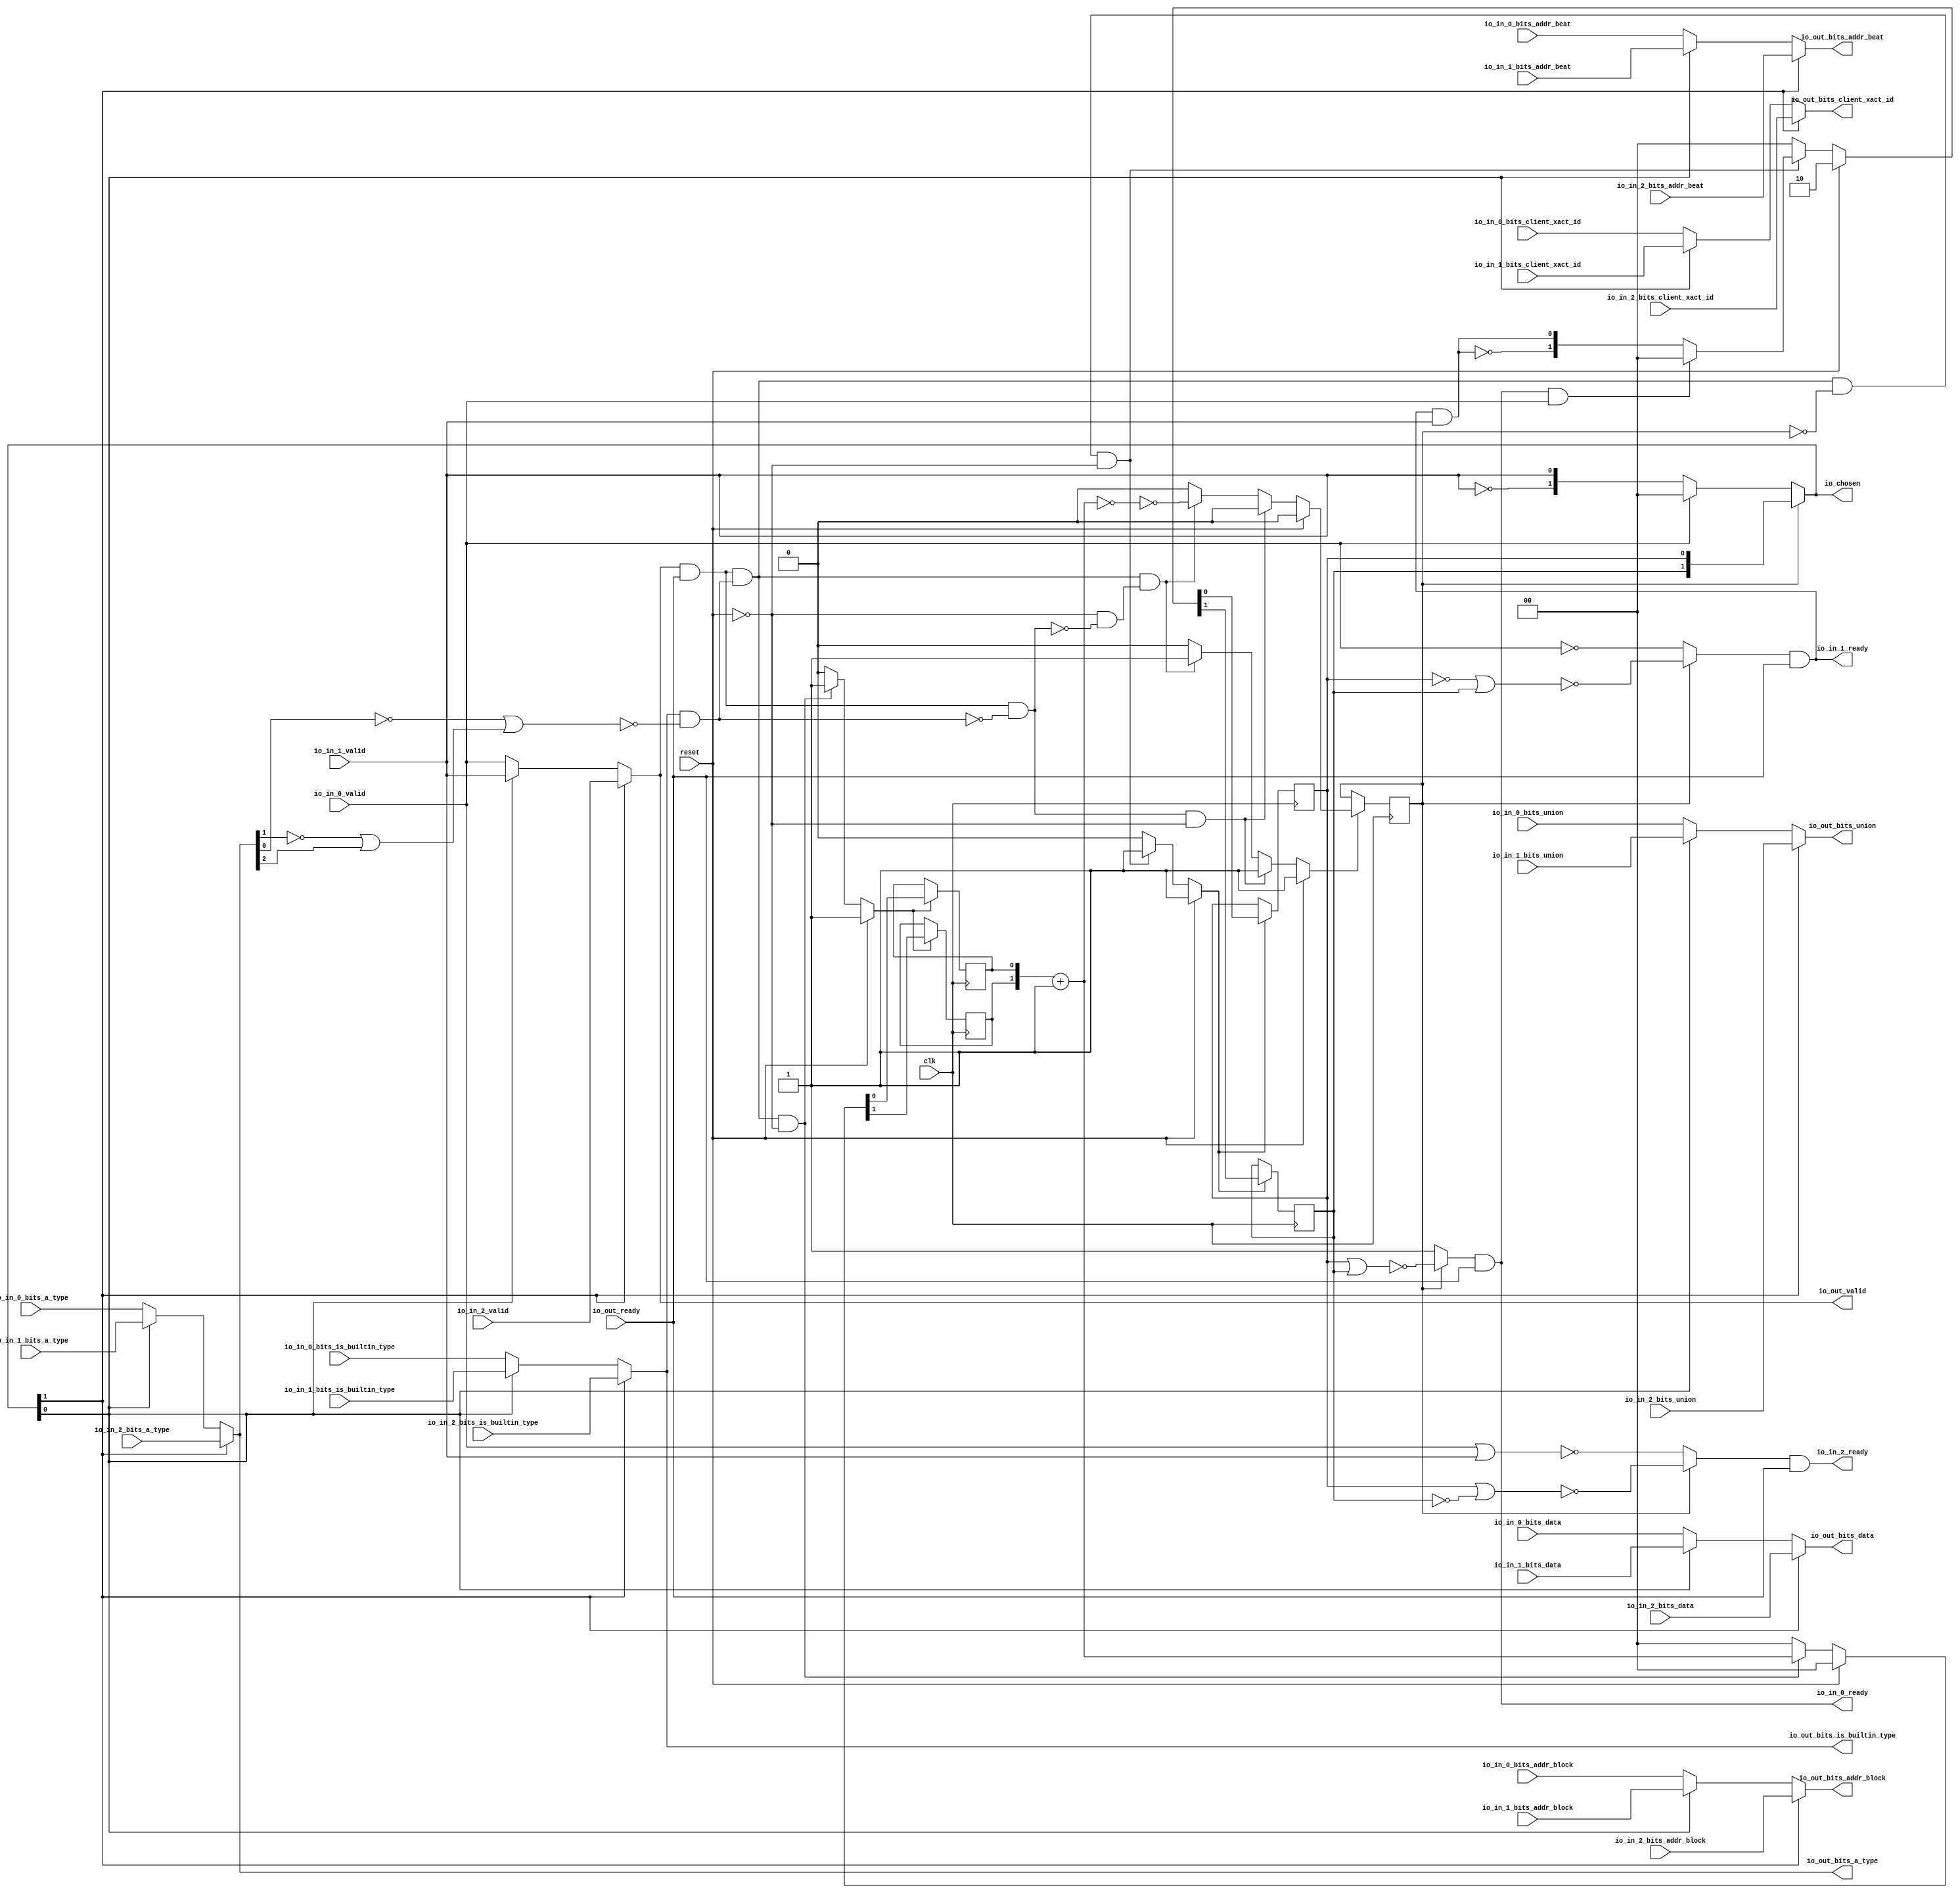
module LockingArbiter_1
(
  clk,
  reset,
  io_in_2_ready,
  io_in_2_valid,
  io_in_2_bits_addr_block,
  io_in_2_bits_client_xact_id,
  io_in_2_bits_addr_beat,
  io_in_2_bits_is_builtin_type,
  io_in_2_bits_a_type,
  io_in_2_bits_union,
  io_in_2_bits_data,
  io_in_1_ready,
  io_in_1_valid,
  io_in_1_bits_addr_block,
  io_in_1_bits_client_xact_id,
  io_in_1_bits_addr_beat,
  io_in_1_bits_is_builtin_type,
  io_in_1_bits_a_type,
  io_in_1_bits_union,
  io_in_1_bits_data,
  io_in_0_ready,
  io_in_0_valid,
  io_in_0_bits_addr_block,
  io_in_0_bits_client_xact_id,
  io_in_0_bits_addr_beat,
  io_in_0_bits_is_builtin_type,
  io_in_0_bits_a_type,
  io_in_0_bits_union,
  io_in_0_bits_data,
  io_out_ready,
  io_out_valid,
  io_out_bits_addr_block,
  io_out_bits_client_xact_id,
  io_out_bits_addr_beat,
  io_out_bits_is_builtin_type,
  io_out_bits_a_type,
  io_out_bits_union,
  io_out_bits_data,
  io_chosen
);

  input [25:0] io_in_2_bits_addr_block;
  input [5:0] io_in_2_bits_client_xact_id;
  input [1:0] io_in_2_bits_addr_beat;
  input [2:0] io_in_2_bits_a_type;
  input [16:0] io_in_2_bits_union;
  input [127:0] io_in_2_bits_data;
  input [25:0] io_in_1_bits_addr_block;
  input [5:0] io_in_1_bits_client_xact_id;
  input [1:0] io_in_1_bits_addr_beat;
  input [2:0] io_in_1_bits_a_type;
  input [16:0] io_in_1_bits_union;
  input [127:0] io_in_1_bits_data;
  input [25:0] io_in_0_bits_addr_block;
  input [5:0] io_in_0_bits_client_xact_id;
  input [1:0] io_in_0_bits_addr_beat;
  input [2:0] io_in_0_bits_a_type;
  input [16:0] io_in_0_bits_union;
  input [127:0] io_in_0_bits_data;
  output [25:0] io_out_bits_addr_block;
  output [5:0] io_out_bits_client_xact_id;
  output [1:0] io_out_bits_addr_beat;
  output [2:0] io_out_bits_a_type;
  output [16:0] io_out_bits_union;
  output [127:0] io_out_bits_data;
  output [1:0] io_chosen;
  input clk;
  input reset;
  input io_in_2_valid;
  input io_in_2_bits_is_builtin_type;
  input io_in_1_valid;
  input io_in_1_bits_is_builtin_type;
  input io_in_0_valid;
  input io_in_0_bits_is_builtin_type;
  input io_out_ready;
  output io_in_2_ready;
  output io_in_1_ready;
  output io_in_0_ready;
  output io_out_valid;
  output io_out_bits_is_builtin_type;
  wire [25:0] io_out_bits_addr_block,T48;
  wire [5:0] io_out_bits_client_xact_id,T44;
  wire [1:0] io_out_bits_addr_beat,io_chosen,choose,T1,T3,T4,T17,T40;
  wire [2:0] io_out_bits_a_type,T32;
  wire [16:0] io_out_bits_union,T28;
  wire [127:0] io_out_bits_data,T23;
  wire io_in_2_ready,io_in_1_ready,io_in_0_ready,io_out_valid,
  io_out_bits_is_builtin_type,N0,N1,N2,N3,N4,N5,N6,N7,N8,N9,N10,N11,N12,N13,T7,T6,N14,T5,N15,T9,T8,T12,T10,
  T20,T15,T16,T21,N16,N17,T36,T52,T56,T59,T60,T63,T64,T65,N18,N19,N20,N21,N22,N23,
  N24,N25,N26,N27,N28,N29,N30,N31,N32,N33,N34,N35,N36,N37,N38,N39,N40,N41,N42,N43,
  N44,N45,N46,N47,N48,N49,N50,N51,N52;
  reg [1:0] lockIdx,R18;
  reg locked;
  assign T16 = T17 == 1'b0;

  always @(posedge clk) begin
    if(N20) begin
      lockIdx[1] <= N22;
    end 
  end


  always @(posedge clk) begin
    if(N20) begin
      lockIdx[0] <= N21;
    end 
  end


  always @(posedge clk) begin
    if(N26) begin
      locked <= N27;
    end 
  end


  always @(posedge clk) begin
    if(N30) begin
      R18[1] <= N32;
    end 
  end


  always @(posedge clk) begin
    if(N30) begin
      R18[0] <= N31;
    end 
  end

  assign N40 = ~lockIdx[1];
  assign N41 = lockIdx[0] | N40;
  assign N42 = ~N41;
  assign N43 = lockIdx[0] | lockIdx[1];
  assign N44 = ~N43;
  assign N45 = ~lockIdx[0];
  assign N46 = N45 | lockIdx[1];
  assign N47 = ~N46;
  assign N48 = ~io_out_bits_a_type[1];
  assign N49 = ~io_out_bits_a_type[0];
  assign N50 = N48 | io_out_bits_a_type[2];
  assign N51 = N49 | N50;
  assign N52 = ~N51;
  assign T17 = R18 + 1'b1;
  assign io_chosen = (N0)? lockIdx : 
                     (N1)? choose : 1'b0;
  assign N0 = locked;
  assign N1 = N11;
  assign choose = (N2)? { 1'b0, 1'b0 } : 
                  (N3)? T1 : 1'b0;
  assign N2 = io_in_0_valid;
  assign N3 = N12;
  assign T3 = (N4)? { 1'b0, 1'b0 } : 
              (N5)? T4 : 1'b0;
  assign N4 = T6;
  assign N5 = N14;
  assign io_out_bits_data = (N6)? io_in_2_bits_data : 
                            (N7)? T23 : 1'b0;
  assign N6 = io_chosen[1];
  assign N7 = N16;
  assign T23 = (N8)? io_in_1_bits_data : 
               (N9)? io_in_0_bits_data : 1'b0;
  assign N8 = io_chosen[0];
  assign N9 = N17;
  assign io_out_bits_union = (N6)? io_in_2_bits_union : 
                             (N7)? T28 : 1'b0;
  assign T28 = (N8)? io_in_1_bits_union : 
               (N9)? io_in_0_bits_union : 1'b0;
  assign io_out_bits_a_type = (N6)? io_in_2_bits_a_type : 
                              (N7)? T32 : 1'b0;
  assign T32 = (N8)? io_in_1_bits_a_type : 
               (N9)? io_in_0_bits_a_type : 1'b0;
  assign io_out_bits_is_builtin_type = (N6)? io_in_2_bits_is_builtin_type : 
                                       (N7)? T36 : 1'b0;
  assign T36 = (N8)? io_in_1_bits_is_builtin_type : 
               (N9)? io_in_0_bits_is_builtin_type : 1'b0;
  assign io_out_bits_addr_beat = (N6)? io_in_2_bits_addr_beat : 
                                 (N7)? T40 : 1'b0;
  assign T40 = (N8)? io_in_1_bits_addr_beat : 
               (N9)? io_in_0_bits_addr_beat : 1'b0;
  assign io_out_bits_client_xact_id = (N6)? io_in_2_bits_client_xact_id : 
                                      (N7)? T44 : 1'b0;
  assign T44 = (N8)? io_in_1_bits_client_xact_id : 
               (N9)? io_in_0_bits_client_xact_id : 1'b0;
  assign io_out_bits_addr_block = (N6)? io_in_2_bits_addr_block : 
                                  (N7)? T48 : 1'b0;
  assign T48 = (N8)? io_in_1_bits_addr_block : 
               (N9)? io_in_0_bits_addr_block : 1'b0;
  assign io_out_valid = (N6)? io_in_2_valid : 
                        (N7)? T52 : 1'b0;
  assign T52 = (N8)? io_in_1_valid : 
               (N9)? io_in_0_valid : 1'b0;
  assign T56 = (N0)? N44 : 
               (N1)? 1'b1 : 1'b0;
  assign T59 = (N0)? N47 : 
               (N1)? T60 : 1'b0;
  assign T63 = (N0)? N42 : 
               (N1)? T64 : 1'b0;
  assign N20 = (N10)? 1'b1 : 
               (N34)? 1'b1 : 
               (N19)? 1'b0 : 1'b0;
  assign N10 = reset;
  assign { N22, N21 } = (N10)? { 1'b1, 1'b0 } : 
                        (N34)? T3 : 1'b0;
  assign N26 = (N10)? 1'b1 : 
               (N35)? 1'b1 : 
               (N38)? 1'b1 : 
               (N25)? 1'b0 : 1'b0;
  assign N27 = (N10)? 1'b0 : 
               (N35)? 1'b0 : 
               (N38)? T15 : 1'b0;
  assign N30 = (N10)? 1'b1 : 
               (N39)? 1'b1 : 
               (N29)? 1'b0 : 1'b0;
  assign { N32, N31 } = (N10)? { 1'b0, 1'b0 } : 
                        (N39)? T17 : 1'b0;
  assign N11 = ~locked;
  assign N12 = ~io_in_0_valid;
  assign N13 = ~io_in_1_valid;
  assign T1[0] = io_in_1_valid;
  assign T1[1] = N13;
  assign N14 = ~T6;
  assign N15 = ~T5;
  assign T4[0] = T5;
  assign T4[1] = N15;
  assign T5 = io_in_1_ready & io_in_1_valid;
  assign T6 = io_in_0_ready & io_in_0_valid;
  assign T7 = T9 & T8;
  assign T8 = ~locked;
  assign T9 = T12 & T10;
  assign T10 = io_out_bits_is_builtin_type & N52;
  assign T12 = io_out_valid & io_out_ready;
  assign T15 = ~T16;
  assign T20 = T12 & T21;
  assign T21 = ~T10;
  assign N16 = ~io_chosen[1];
  assign N17 = ~io_chosen[0];
  assign io_in_0_ready = T56 & io_out_ready;
  assign io_in_1_ready = T59 & io_out_ready;
  assign T60 = ~io_in_0_valid;
  assign io_in_2_ready = T63 & io_out_ready;
  assign T64 = ~T65;
  assign T65 = io_in_0_valid | io_in_1_valid;
  assign N18 = T7 | reset;
  assign N19 = ~N18;
  assign N23 = T20 | reset;
  assign N24 = T9 | N23;
  assign N25 = ~N24;
  assign N28 = T9 | reset;
  assign N29 = ~N28;
  assign N33 = ~reset;
  assign N34 = T7 & N33;
  assign N35 = T20 & N33;
  assign N36 = ~T20;
  assign N37 = N33 & N36;
  assign N38 = T9 & N37;
  assign N39 = T9 & N33;

endmodule